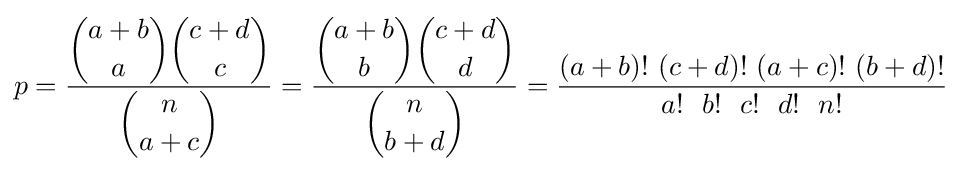
p={\frac {\displaystyle {{a+b} \choose {a}}\displaystyle {{c+d} \choose {c}}}{\displaystyle {{n} \choose {a+c}}}}={\frac {\displaystyle {{a+b} \choose {b}}\displaystyle {{c+d} \choose {d}}}{\displaystyle {{n} \choose {b+d}}}}={\frac {(a+b)!~(c+d)!~(a+c)!~(b+d)!}{a!~~b!~~c!~~d!~~n!}}